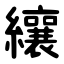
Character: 纕